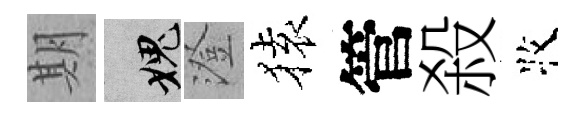
期愧澄𫞤管殺牧